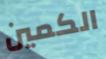
الكمين